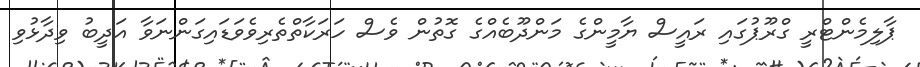
ޕާލިމެންޓްރީ ގްރޫޕުގައި ރައީސް ޔާމީންގެ މަންދޫބެއްގެ ގޮތުން ވެސް ހަރަކާތްތެރިވެވަޑައިގަންނަވާ އަދީބު ވިދާޅުވި